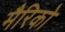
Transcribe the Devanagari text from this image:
मैरिको